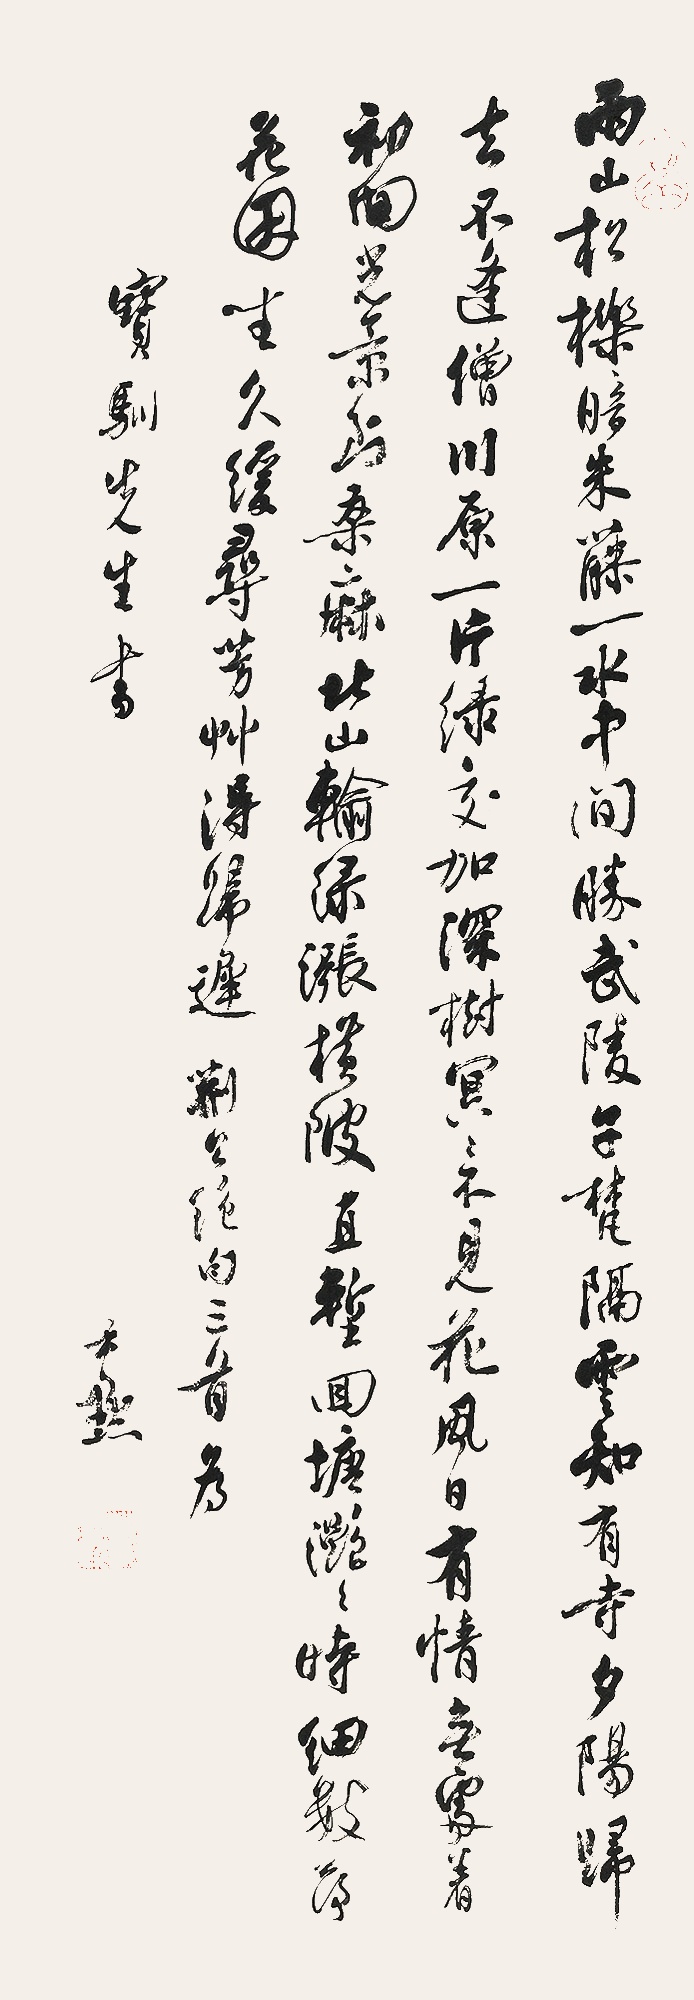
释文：两山松栎暗朱藤，一水中间胜武陵。子梵隔云知有寺，夕阳归去不逢僧。川原一片绿交加，深树冥冥不见花。风日有情无处着，初回光景到桑麻。北山输绿涨横陂，直堑回塘滟滟时。细数荷花因坐久，缓寻芳草得归迟。荆公绝句三首。为宝驯先生书。尹默。